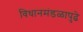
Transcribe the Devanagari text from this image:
विधानमंडळापुढे